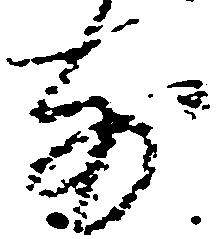
前